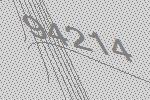
94214